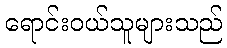
ရောင်းဝယ်သူများသည်